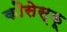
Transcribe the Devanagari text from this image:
कौसेस्कू